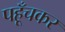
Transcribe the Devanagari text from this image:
पहूँचकर